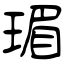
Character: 瑂